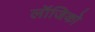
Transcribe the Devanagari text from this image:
लॉजिको